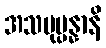
အသမုပ္ပန္နာနိ